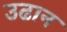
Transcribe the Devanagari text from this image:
उढान